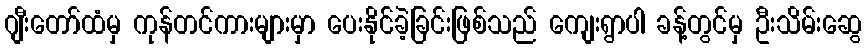
ဂျီးတော်ထံမှ ကုန်တင်ကားများမှာ ပေးနိုင်ခဲ့ခြင်းဖြစ်သည် ကျေးရွာပါ ခန့်တွင်မှ ဦးသိမ်းဆွေ